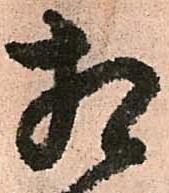
相